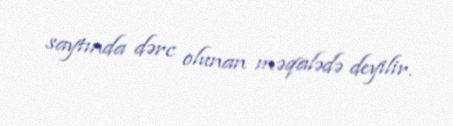
saytında dərc olunan məqalədə deyilir.